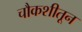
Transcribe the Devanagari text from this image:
चौकशीतून